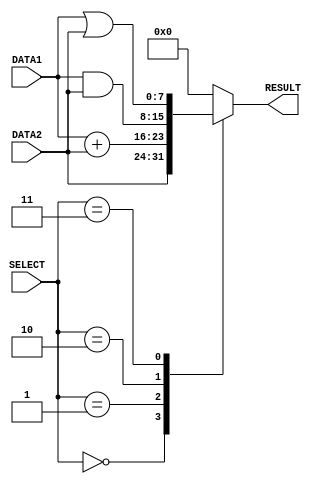
module alu(DATA1, DATA2, RESULT, SELECT);
input [7:0] DATA1, DATA2; //declare the inputs
input [2:0] SELECT; //declare the select input
output [7:0] RESULT; //declare the output

reg [7:0] RESULT; // declare the outputs as registers

always @ (DATA1 or DATA2 or SELECT) // this block run if there is any change in DATA1 or DATA2 or SELECT
begin
    case (SELECT)
    3'b000:
        RESULT = #1 DATA2; //forward operation  
    3'b001:
        RESULT = #2 DATA1 + DATA2; // add operation
    3'b010:
        RESULT = #1 DATA1 & DATA2; // bitwise and operation
    3'b011:
        RESULT = #1 DATA1 | DATA2; // bitwise or operation
    default: RESULT = 8'd0; //result 0 if the other cases
    endcase
end
    
endmodule